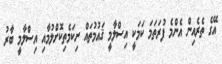
އޭގެ ތެރެއިން އެންމެ ފުރަތަމަ ކަމަކީ އިސްލާމީ ޤައުމުތައް ނިކަމެތިކޮށްލުމާއި އިސްލާމީ ބާރު